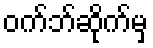
ဝက်ဘ်ဆိုက်မှ